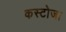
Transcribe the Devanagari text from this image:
कस्टोजा